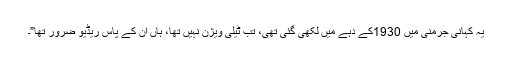
یہ کہانی جرمنی میں 1930کے دہے میں لکھی گئی تھی، تب ٹیلی ویژن نہیں تھا، ہاں ان کے پاس ریڈیو ضرور تھا”۔